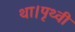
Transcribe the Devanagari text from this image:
था।पृथ्वी